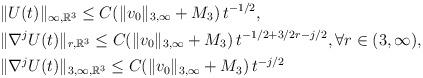
LaTeX: \begin{align*}&\|U(t)\|_{\infty,\mathbb R^3}\leq C(\|v_0\|_{3,\infty}+M_3)\,t^{-1/2}, \\&\|\nabla^j U(t)\|_{r,\mathbb R^3}\leq C(\|v_0\|_{3,\infty}+M_3)\,t^{-1/2+3/2r-j/2}, \forall r\in (3,\infty), \\&\|\nabla^j U(t)\|_{3,\infty,\mathbb R^3}\leq C(\|v_0\|_{3,\infty}+M_3)\,t^{-j/2}\end{align*}